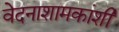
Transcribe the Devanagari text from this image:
वेदनाशामकांशी